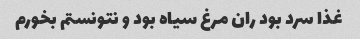
غذا سرد بود ران مرغ سیاه بود و نتونستم بخورم